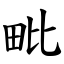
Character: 毗